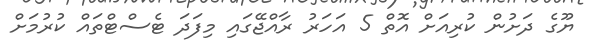
ޔޫގެ ދަށުން ކުރިއަށް އޮތް 5 އަހަރު ރާއްޖޭގައި މިފަދަ ޓެސްޓްތައް ކުރުމަށް